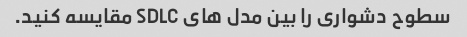
سطوح دشواری را بین مدل های SDLC مقایسه کنید.